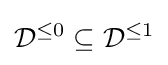
{\mathcal {D}}^{\leq 0}\subseteq {\mathcal {D}}^{\leq 1}